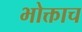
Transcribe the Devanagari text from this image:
भोक्ताच